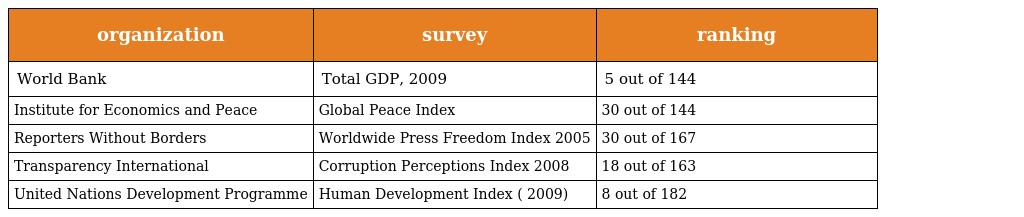
| organization | survey | ranking |
 | --- | --- | --- |
 | World Bank | Total GDP, 2009 | 5 out of 144 |
 | Institute for Economics and Peace | Global Peace Index | 30 out of 144 |
 | Reporters Without Borders | Worldwide Press Freedom Index 2005 | 30 out of 167 |
 | Transparency International | Corruption Perceptions Index 2008 | 18 out of 163 |
 | United Nations Development Programme | Human Development Index ( 2009) | 8 out of 182 |